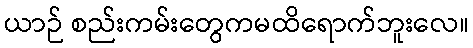
ယာဉ် စည်းကမ်းတွေကမထိရောက်ဘူးလေ။